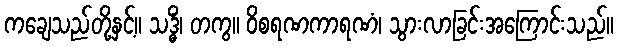
ကချေသည်တို့နှင့်။ သဒ္ဓိံ၊ တကွ။ ဝိစရဏကာရဏံ၊ သွားလာခြင်းအကြောင်းသည်။